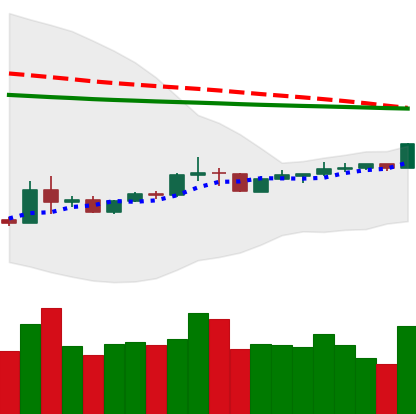
Ticker: XRP-USD
Chart end date: 2020-04-06
Forward return: -3.807%
Label: down_3_5